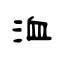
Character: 洫